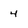
Character: 4